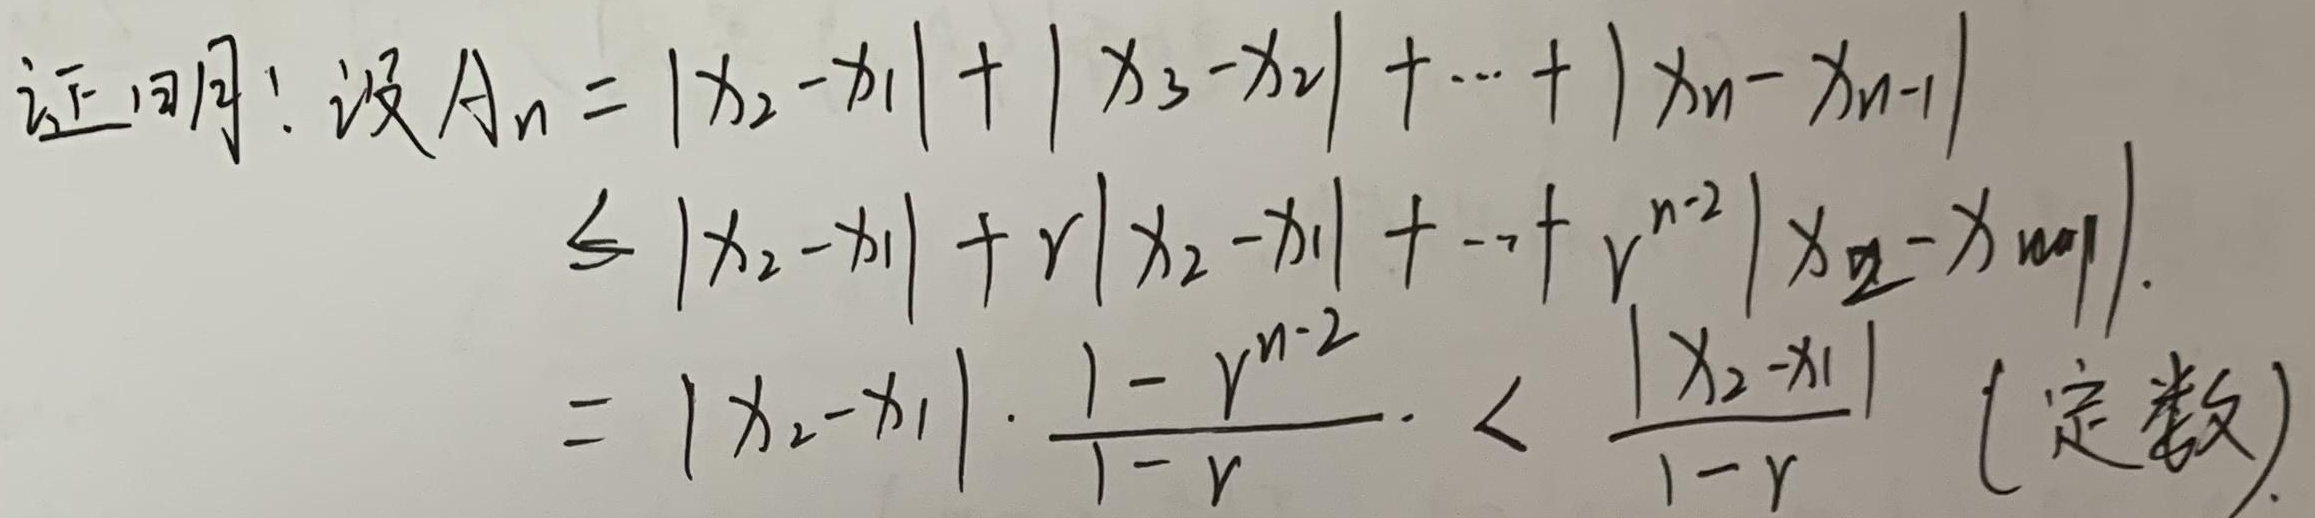
证明：设\(A_n = |x_2 - x_1|+|x_3 - x_2|+\cdots+|x_n - x_{n - 1}|\)，
\(A_n\leq|x_2 - x_1|+r|x_2 - x_1|+\cdots+r^{n - 2}|x_2 - x_1|\)，
\(A_n = |x_2 - x_1|\cdot\frac{1 - r^{n - 2}}{1 - r}<\frac{|x_2 - x_1|}{1 - r}\) (定数)